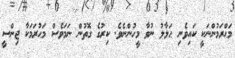
މަޙްރަމުންނަކީ ކައިވެނި ޙަލާލު ނުވާ މީހުންނެވެ. ކިރުގެ ގޮތުން ނަމަވެސް މަޙުރަމަކާ ޖިންސީ